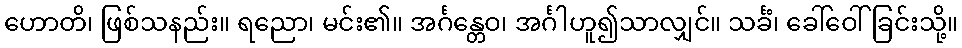
ဟောတိ၊ ဖြစ်သနည်း။ ရညော၊ မင်း၏။ အင်္ဂန္တေဝ၊ အင်္ဂါဟူ၍သာလျှင်။ သင်္ခံ၊ ခေါ်ဝေါ်ခြင်းသို့။